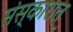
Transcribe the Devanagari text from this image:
संस्कारात्‌